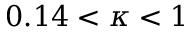
0 . 1 4 < \kappa < 1